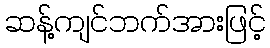
ဆန့်ကျင်ဘက်အားဖြင့်